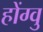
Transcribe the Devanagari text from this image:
होंग्वु